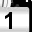
Digit: 1